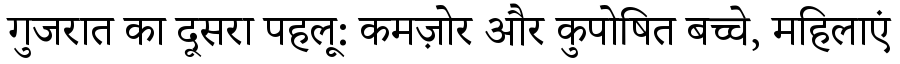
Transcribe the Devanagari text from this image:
गुजरात का दूसरा पहलू: कमज़ोर और कुपोषित बच्चे, महिलाएं